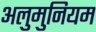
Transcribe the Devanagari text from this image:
अलुमुनियम